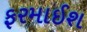
ફરમાઈશ